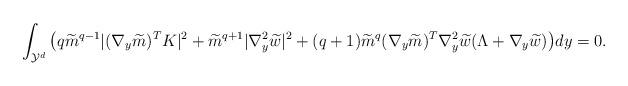
LaTeX: \begin{align*} \int_{\mathcal{Y}^d} \big(q\widetilde{m}^{q-1} | (\nabla_y\widetilde{m})^TK |^2+\widetilde{m}^{q+1} |\nabla_y^2\widetilde{w} |^2+ (q+1)\widetilde{m}^q (\nabla_y \widetilde{m} )^T\nabla_y^2\widetilde{w}(\Lambda+ \nabla_y \widetilde{w} )\big )dy= 0. \end{align*}